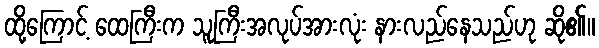
ထို့ကြောင့် ထေကြီးက သူကြီးအလုပ်အားလုံး နားလည်နေသည်ဟု ဆို၏။